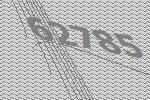
62785